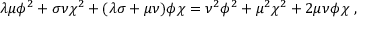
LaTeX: \lambda \mu \phi ^ { 2 } + \sigma \nu \chi ^ { 2 } + ( \lambda \sigma + \mu \nu ) \phi \chi = \nu ^ { 2 } \phi ^ { 2 } + \mu ^ { 2 } \chi ^ { 2 } + 2 \mu \nu \phi \chi ~ ,